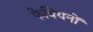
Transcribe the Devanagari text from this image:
फेबियनों